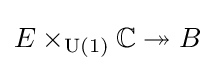
E\times _{\operatorname {U} (1)}\mathbb {C} \twoheadrightarrow B